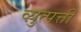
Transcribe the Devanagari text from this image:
व्य़ुत्पत्ती